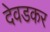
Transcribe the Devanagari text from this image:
देवडकर